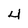
Character: 4